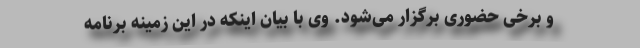
و برخی حضوری برگزار می‌شود. وی با بیان اینکه در این زمینه برنامه